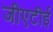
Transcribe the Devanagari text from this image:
जीएटीई